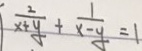
\frac { 2 } { x + y } + \frac { 1 } { x - y } = 1